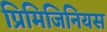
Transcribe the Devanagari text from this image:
प्रिमिजिनियस